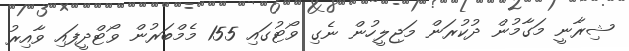
ޝިރާނީ މަގާމުން ދުކުރަން މަޖިލީހުން ނެގި ވޯޓުގައި 155 މެމްބަރުން ވޯޓްދީފައި ވާއިރު